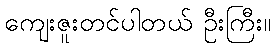
ကျေးဇူးတင်ပါတယ် ဦးကြီး။